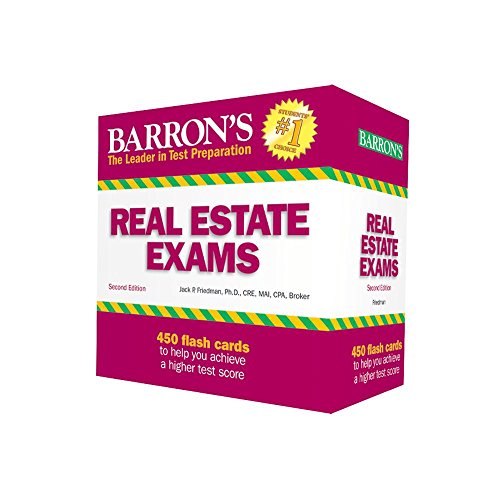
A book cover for Barron's Real Estate Exam Flash Cards, 2nd Edition; Jack P. Friedman Ph.D. CRE MAI CPA; Test Preparation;